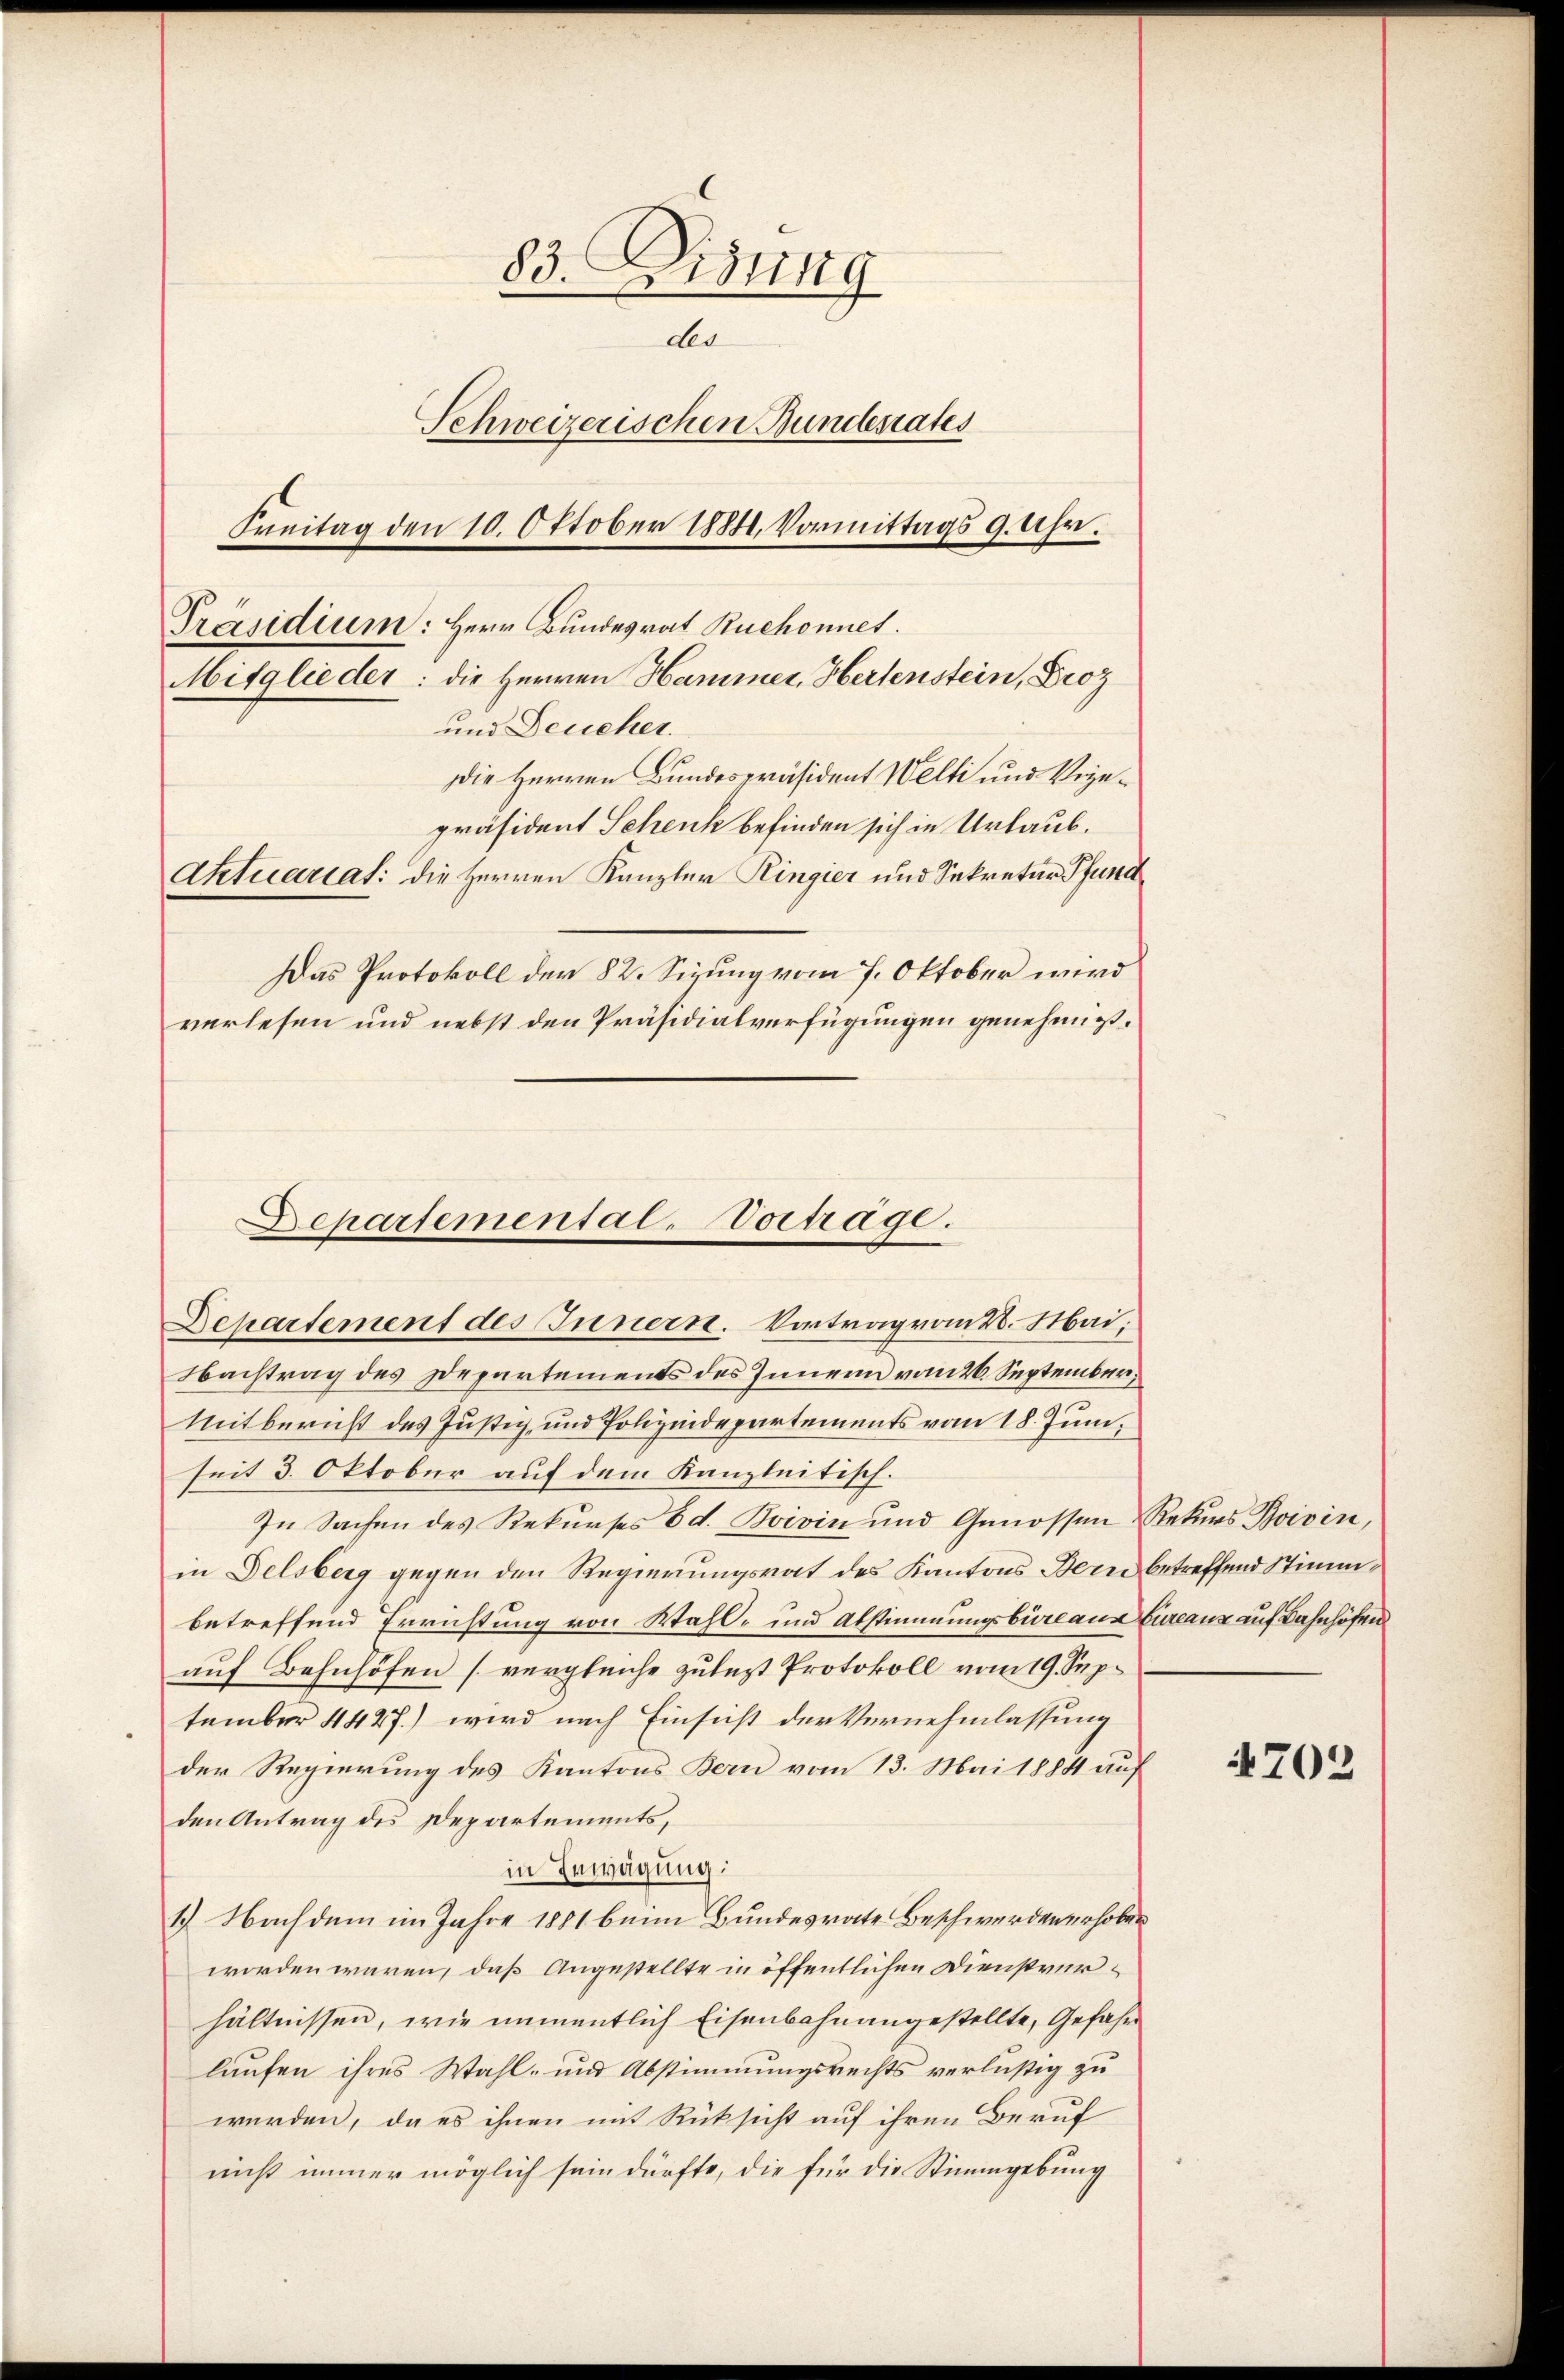
83. Disung
des
Schweizerischen Bundesrates
Freitag den 10. Oktober 1884. Vormittags 9. Uhr.
Präsidium: Herr Bundesrat Ruchonnet.
Mitglieder: die Herren Hammer, Hertenstein, Droz
und Deucher.
Die Herren Bundespräsident Welti und Vogepräsident Schenk befinden sich in Urlaub.
Aktuariat: die Herren Kanzler Ringier und Sekretär Pfund
Das Protokoll der 82. Sizung vom 7. Oktober wird
verlesen und nebst den Präsidialverfügungen genehmigt.

Departemental-Vortrage.

Departement des Innern. Vortrag von 4. Mai,
Nachtrag des Departements des Innern vom 26. September¬
Mitbericht des Justiz, und Polizendepartements vom 18. Juni,
seit 3. Oktober auf dem Kanzleitisch.
In Sachen des Rekurses 6 d. Boivin und Genossen Rekurs Boivin,
in Delsberg gegen den Regierungsrat des Kantons Bern betreffend Stimmbetreffend Errichtung von Wahl- und Abstimmungsbureaus Bureaux auf Bahnhöfen
auf Bahnhöfen (vergleiche zulezt Protokoll vom 19. September 4427.) wird nach Einsicht der Vernehmlassung
der Regierung des Kantons Bern vom 13. Mai 1884 auf
den Antrag des Departements,
in Erwägung:
1.) Nachdem im Jahre 1881 beim Bundesrate Beschwerden erhoben
worden wären, daß Angestellte in öffentlichen Dienstverhältnissen, wie namentlich Eisenbahnangestellte, Gefahr
laufen ihres Wahl- und Abstimmungsrechts verlustig zu
werden, da es ihnen mit Rücksicht auf ihren Beruf
nicht immer möglich sein dürfte, die für die Stimmgebung

4703